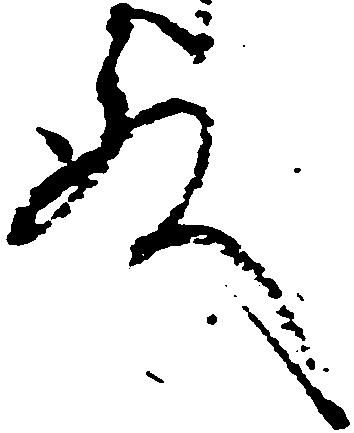
殿